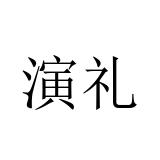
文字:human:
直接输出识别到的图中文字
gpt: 演礼